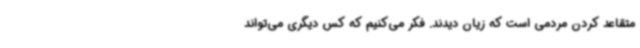
متقاعد کردن مردمی است که زیان دیدند. فکر می‌کنیم که کس دیگری می‌تواند